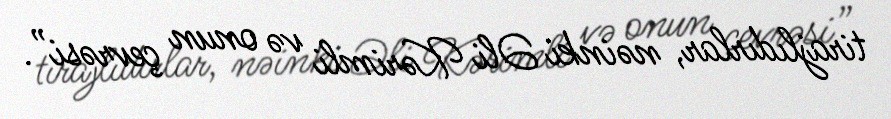
tirajlıdırlar, nəinki Əli Kərimli və onun çevrəsi”.